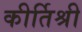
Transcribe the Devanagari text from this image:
कीर्तिश्री